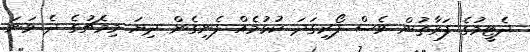
ދެޓީމުގެ ފަރާތުން ވެސް ފޯރިގަދަ ކުޅުމެއް ފެނިގެން ދިޔަ މިމެޗުގެ ދެ ވަނަ